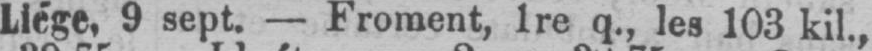
Liége, 9 sept. - Froment, 1re q., les 103 kil.,